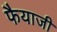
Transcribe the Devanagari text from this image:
फैयाजी